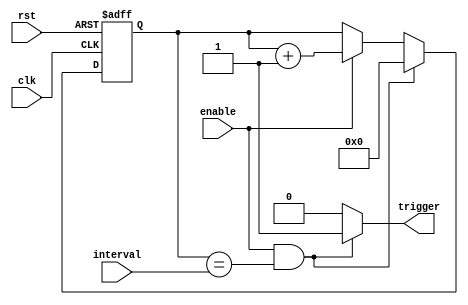
module rtc_timer(
    input wire clk,
    input wire rst,
    input wire enable,
    input wire [31:0] interval,
    output wire trigger
);

// Real-time clock module
reg [31:0] current_time;

always @(posedge clk or posedge rst) begin
    if(rst) begin
        current_time <= 32'h00000000;
    end else begin
        current_time <= current_time + 1;
    end
end

// Timer module
reg [31:0] count;

always @(posedge clk or posedge rst) begin
    if(rst) begin
        count <= 32'h00000000;
    end else if(enable && (count == interval)) begin
        count <= 32'h00000000;
    end else if(enable) begin
        count <= count + 1;
    end
end

// Synchronization blocks
assign trigger = (enable && (count == interval)) ? 1'b1 : 1'b0;

endmodule